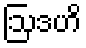
ဩဒဟိ